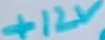
Text: +12V